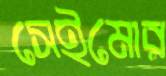
সেইমোর